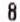
8